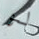
لو